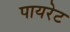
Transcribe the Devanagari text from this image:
पायरेट